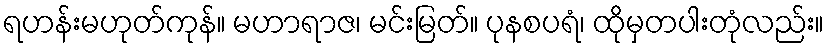
ရဟန်းမဟုတ်ကုန်။ မဟာရာဇ၊ မင်းမြတ်။ ပုနစပရံ၊ ထိုမှတပါးတုံလည်း။